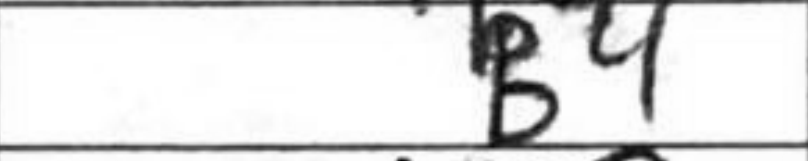
Transcription: B4